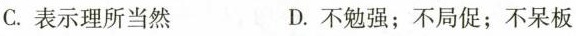
C.表示理所当然 D.不勉强；不局促；不呆板